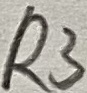
Text: R3